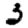
Digit: 3